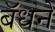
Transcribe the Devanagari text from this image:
बॅधने